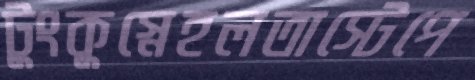
টুংকুস্নেহলতাস্টেপে